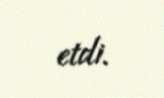
etdi.